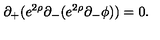
\partial _ { + } ( e ^ { 2 \rho } \partial _ { - } ( e ^ { 2 \rho } \partial _ { - } \phi ) ) = 0 .